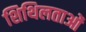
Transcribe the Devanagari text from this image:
शिथिलताओं